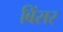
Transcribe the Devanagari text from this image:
बिंसर